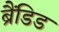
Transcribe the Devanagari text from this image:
ब्रैंडिड